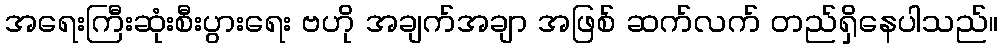
အရေးကြီးဆုံးစီးပွားရေး ဗဟို အချက်အချာ အဖြစ် ဆက်လက် တည်ရှိနေပါသည်။